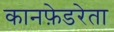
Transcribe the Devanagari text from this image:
कानफ़ेडरेता